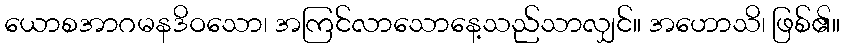
ယောစအာဂမနဒိဝသော၊ အကြင်လာသောနေ့သည်သာလျှင်။ အဟောသိ၊ ဖြစ်၏။